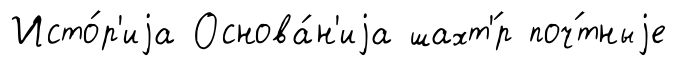
Исто́р'иjа Основа́н'иjа шахт'́р поч́тныjе